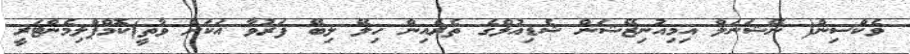
ވެކްސިން( ނޭޝަނަލް އިމިއުނިޒޭޝަން ޝެޑިއުލްގެ ތެރެއިން ހިލޭ ލިބޭ ފަރުވާ އަކަށް ވާތީ)ކޮމްޕްލިމެންޓަރީ